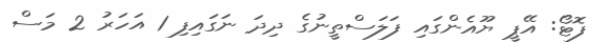
ފޮޓޯ: އޭޕީ ޔޫއެންގައި ފަލަސްތީނުގެ ދިދަ ނަގައިފި 1 އަހަރު 2 މަސް